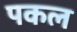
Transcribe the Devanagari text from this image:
पकल